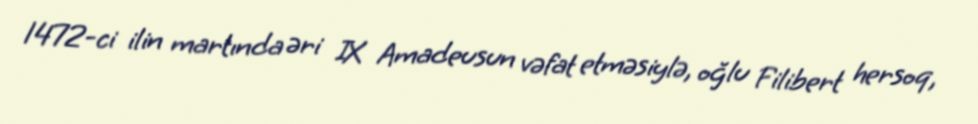
1472-ci ilin martında əri IX Amadeusun vəfat etməsiylə, oğlu Filibert hersoq,